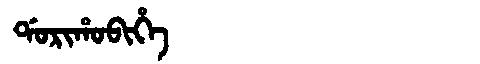
Manchu: ᡩᠣᡵᡳᡥᠣᠪᡳᡥᡝ
Romanization: DORIHOBIHE